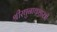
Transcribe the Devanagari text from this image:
श्रीरघुनाथशास्त्री